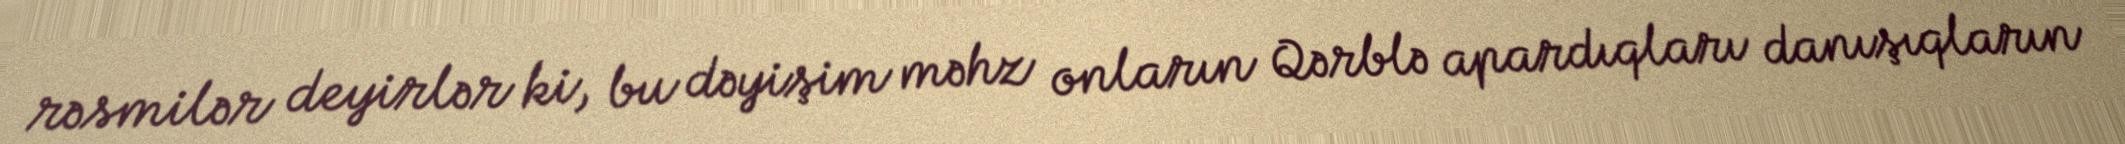
rəsmilər deyirlər ki, bu dəyişim məhz onların Qərblə apardıqları danışıqların